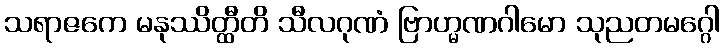
သရာဇကေ မနုဿိတ္ထီတိ သီလဂုဏံ ဗြာဟ္မဏဂါမော သုညတမဂ္ဂေါ